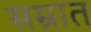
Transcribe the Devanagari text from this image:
सम्रात